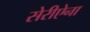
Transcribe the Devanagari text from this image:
सेरीऐना